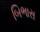
બિભાસ